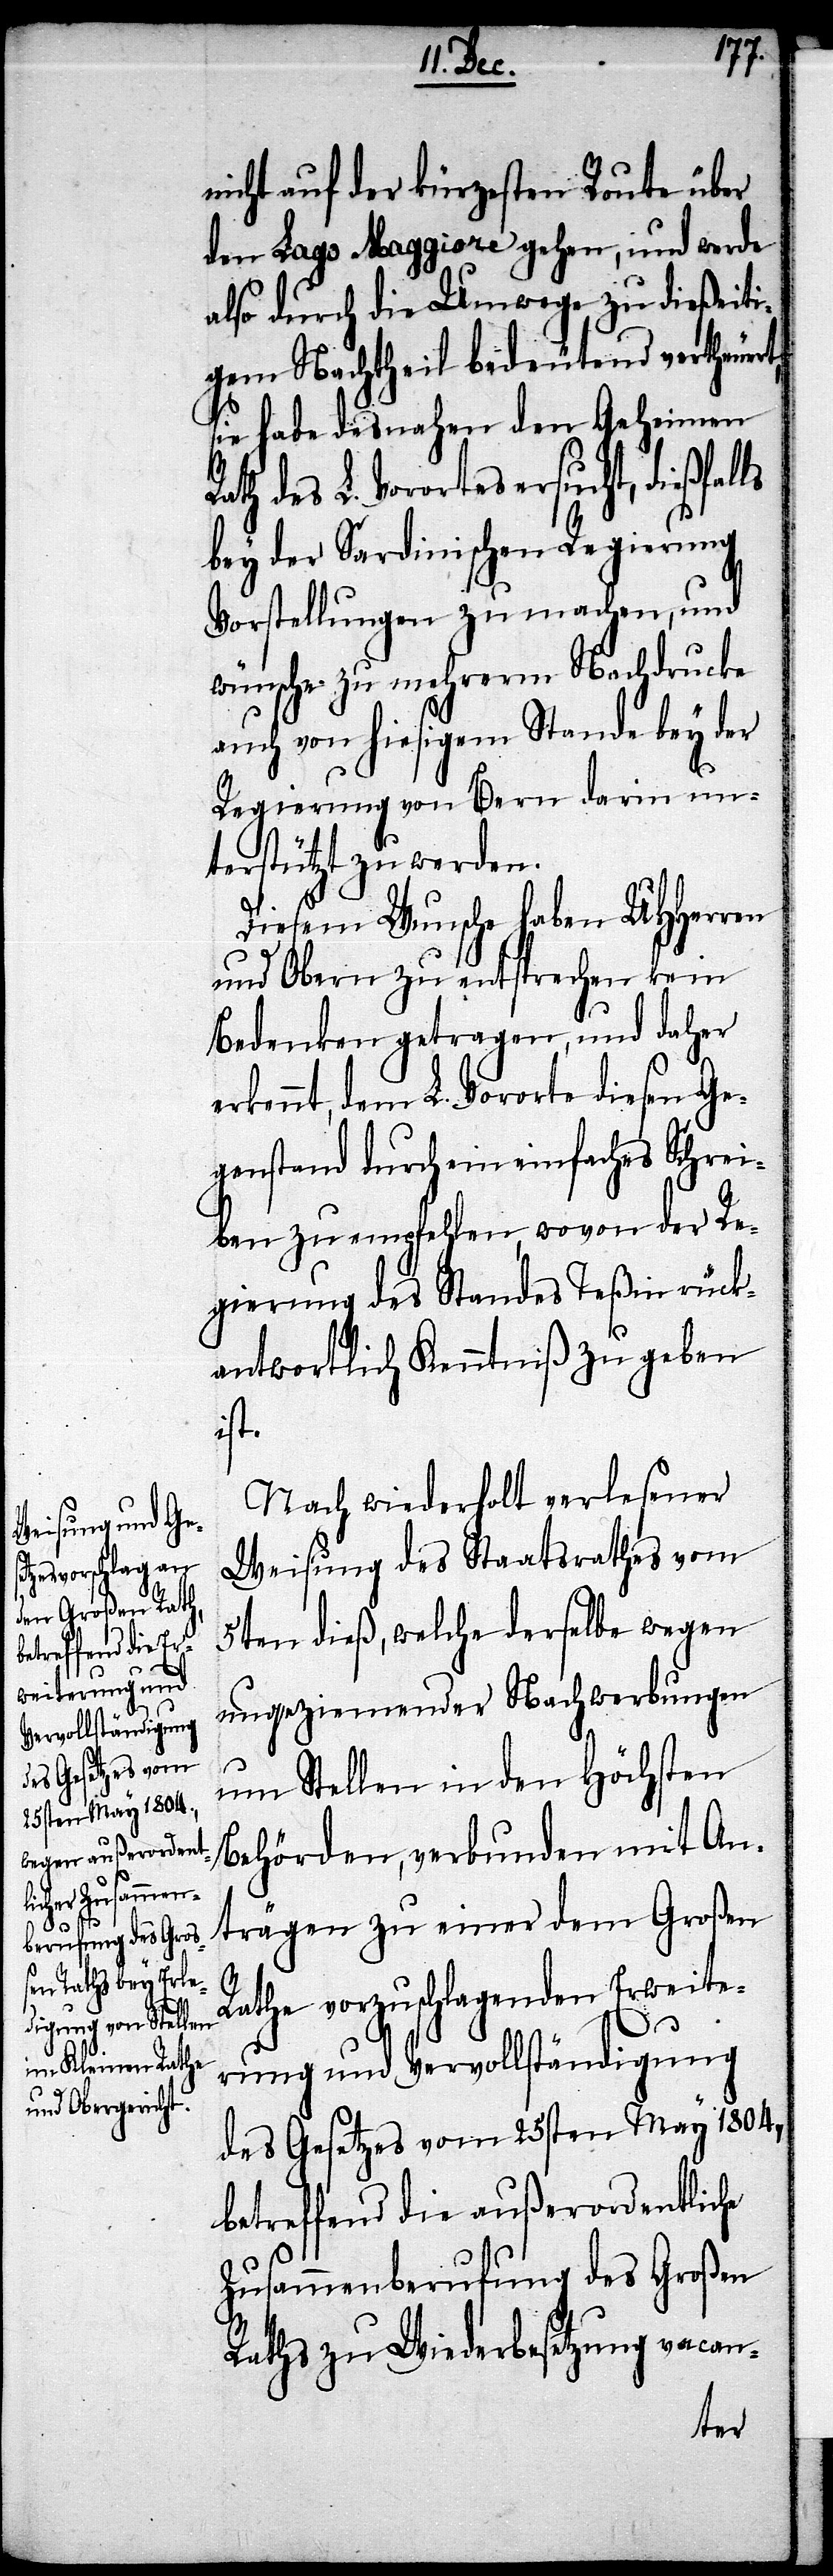
nicht auf der kürzesten Route über
den Lago Maggiore gehen, und werde
also durch die Umwege zu dießeiti¬
gem Nachttheil bedeutend vertheuert,
sie habe desnahen den Geheimen
ath des L. Vorortes ersucht, dießfal¬
bey der Sardinischen Regierung
Vorstellungen zu machen, und
wünsche zu mehrerm Nachdrucke
auch von hiesigem Stande bey der
Regierung von Bern darin un¬
terstützt zu werden.
Diesem Wunsche haben UHHerren
und Obern zu entsprechen kein
Bedenken getragen, und daher
rkennt, dem L. Vororte diesen Ge¬
genstand durch ein einfaches Schrei¬
ben zu empfehlen, wovon der Re¬
gierung des Standes Teßin rück¬
antwortlich Kenntniß zu geben
ist.
Nach wiederholt verlesener
Weisung des Staatsrathes vom
5ten dieß, welche derselbe wegen
ungeziemender Nachwerbungen
um Stellen in den Höchsten
Behörden, verbunden mit An¬
trägen zu einer dem Großen
e¬
Rathe vorzuschlagenden Erweite¬
rung und Vervollständigung
des Gesetzes vom 25sten May 1804,
betreffend die außerordentliche
Zusammenberufung des Großen
Raths zu Wiederbesetzung vacan-